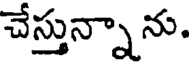
చేస్తున్నాను.